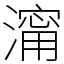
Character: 澝